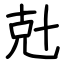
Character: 兙